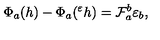
\Phi _ { a } ( h ) - \Phi _ { a } ( { } ^ { \varepsilon } h ) = { \cal F } _ { a } ^ { b } \varepsilon _ { b } ,